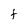
Character: f